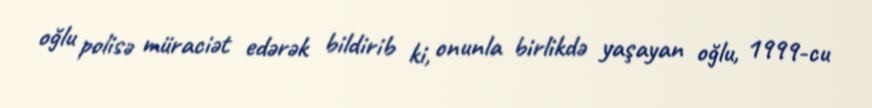
oğlu polisə müraciət edərək bildirib ki, onunla birlikdə yaşayan oğlu, 1999-cu